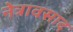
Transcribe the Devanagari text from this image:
नेत्रावसाद